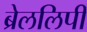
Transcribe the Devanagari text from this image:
ब्रेललिपी